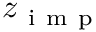
z _ { \mathrm { ~ i ~ m ~ p ~ } }